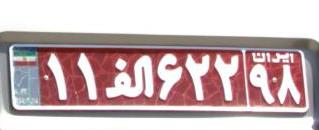
۱۱ا۶۲۲۹۸